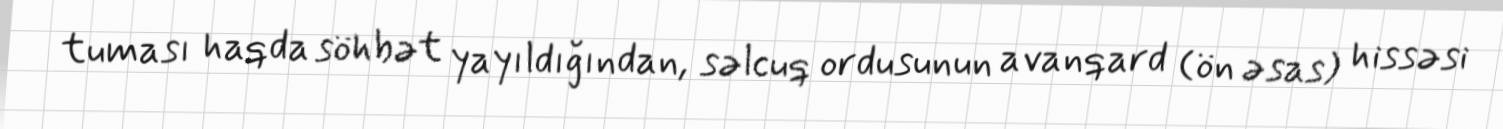
tuması haqda söhbət yayıldığından, səlcuq ordusunun avanqard (ön əsas) hissəsi